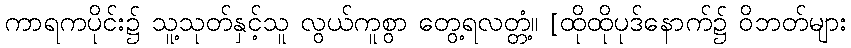
ကာရကပိုင်း၌ သူ့သုတ်နှင့်သူ လွယ်ကူစွာ တွေ့ရလတ္တံ့။ [ထိုထိုပုဒ်နောက်၌ ဝိဘတ်များ